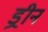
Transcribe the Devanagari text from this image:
ड्रीन